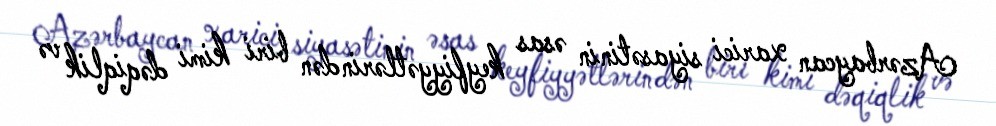
Azərbaycan xarici siyasətinin əsas keyfiyyətlərindən biri kimi dəqiqlik və